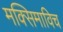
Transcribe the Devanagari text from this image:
मक्सिमाविच